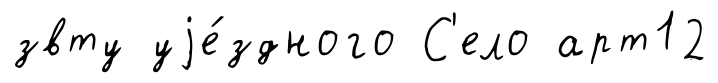
звту уjе́здного С'ело арт12